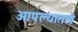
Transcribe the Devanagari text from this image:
आपल्यातले